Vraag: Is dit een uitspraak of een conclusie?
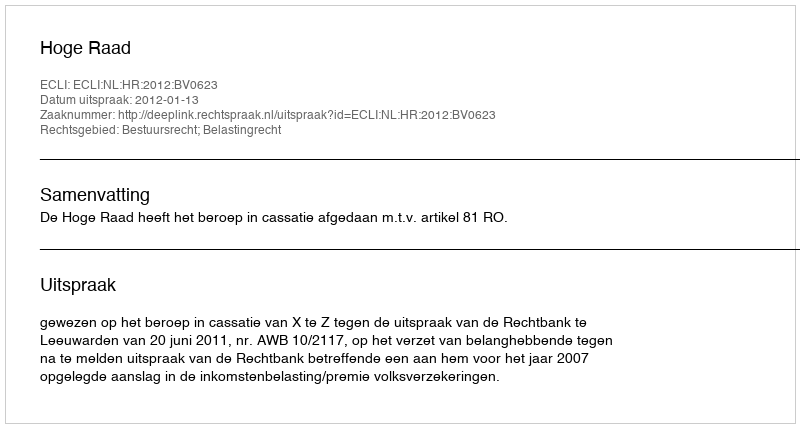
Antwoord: Uitspraak